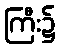
ကြီး၌